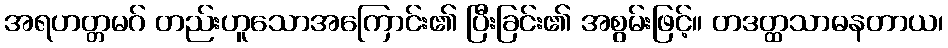
အရဟတ္တမဂ် တည်းဟူသောအကြောင်း၏ ပြီးခြင်း၏ အစွမ်းဖြင့်။ တဒတ္ထသာဓနတာယ၊